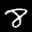
Label: 8